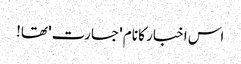
اس اخبار کا نام 'جسارت' تھا!